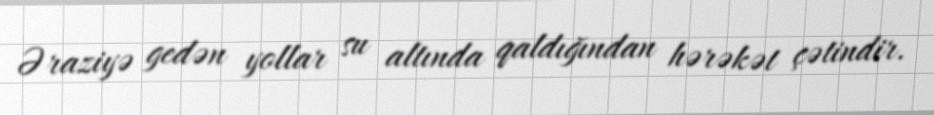
Əraziyə gedən yollar su altında qaldığından hərəkət çətindir.